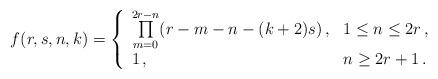
LaTeX: \begin{align*}f(r,s,n,k)=\left\{ \begin{array}{ll} \prod\limits_{m=0}^{2r-n}(r-m-n-(k+2)s)\,,&1\leq n\leq2r\,,\\ 1\,,&n\geq2r+1\,. \end{array} \right.\end{align*}